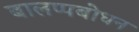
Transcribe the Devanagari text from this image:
बालप्पबोधन